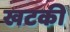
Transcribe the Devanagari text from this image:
खटकी